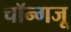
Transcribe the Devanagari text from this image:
चॉन्गजू